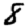
Digit: 8